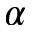
\alpha